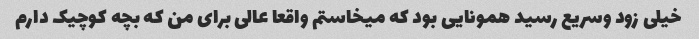
خیلی زود وسریع رسید همونایی بود که میخاستم واقعا عالی برای من که بچه کوچیک دارم